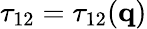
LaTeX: \mathbf{\tau}_{12}=\mathbf{\tau}_{12}(\mathbf{q})